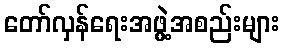
တော်လှန်ရေးအဖွဲ့အစည်းများ